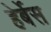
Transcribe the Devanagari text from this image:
हेर्बेस